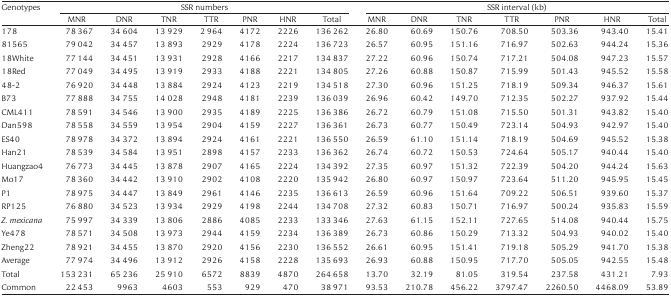
<table><thead><tr><td rowspan="2"><b>Genotypes</b></td><td colspan="7"><b>SSR numbers</b></td><td colspan="7"><b>SSR interval (kb)</b></td></tr><tr><td><b>MNR</b></td><td><b>DNR</b></td><td><b>TNR</b></td><td><b>TTR</b></td><td><b>PNR</b></td><td><b>HNR</b></td><td><b>Total</b></td><td><b>MNR</b></td><td><b>DNR</b></td><td><b>TNR</b></td><td><b>TTR</b></td><td><b>PNR</b></td><td><b>HNR</b></td><td><b>Total</b></td></tr></thead><tbody><tr><td>178</td><td>78 367</td><td>34 604</td><td>13 929</td><td>2 964</td><td>4172</td><td>2226</td><td>136 262</td><td>26.80</td><td>60.69</td><td>150.76</td><td>708.50</td><td>503.36</td><td>943.40</td><td>15.41</td></tr><tr><td>81565</td><td>79 042</td><td>34 457</td><td>13 893</td><td>2929</td><td>4178</td><td>2224</td><td>136 723</td><td>26.57</td><td>60.95</td><td>151.16</td><td>716.97</td><td>502.63</td><td>944.24</td><td>15.36</td></tr><tr><td>18White</td><td>77 144</td><td>34 451</td><td>13 931</td><td>2928</td><td>4166</td><td>2217</td><td>134 837</td><td>27.22</td><td>60.96</td><td>150.74</td><td>717.21</td><td>504.08</td><td>947.23</td><td>15.57</td></tr><tr><td>18Red</td><td>77 049</td><td>34 495</td><td>13 919</td><td>2933</td><td>4188</td><td>2221</td><td>134 805</td><td>27.26</td><td>60.88</td><td>150.87</td><td>715.99</td><td>501.43</td><td>945.52</td><td>15.58</td></tr><tr><td>48-2</td><td>76 920</td><td>34 448</td><td>13 884</td><td>2924</td><td>4123</td><td>2219</td><td>134 518</td><td>27.30</td><td>60.96</td><td>151.25</td><td>718.19</td><td>509.34</td><td>946.37</td><td>15.61</td></tr><tr><td>B73</td><td>77 888</td><td>34 755</td><td>14 028</td><td>2948</td><td>4181</td><td>2239</td><td>136 039</td><td>26.96</td><td>60.42</td><td>149.70</td><td>712.35</td><td>502.27</td><td>937.92</td><td>15.44</td></tr><tr><td>CML411</td><td>78 591</td><td>34 546</td><td>13 900</td><td>2935</td><td>4189</td><td>2225</td><td>136 386</td><td>26.72</td><td>60.79</td><td>151.08</td><td>715.50</td><td>501.31</td><td>943.82</td><td>15.40</td></tr><tr><td>Dan598</td><td>78 558</td><td>34 559</td><td>13 954</td><td>2904</td><td>4159</td><td>2227</td><td>136 361</td><td>26.73</td><td>60.77</td><td>150.49</td><td>723.14</td><td>504.93</td><td>942.97</td><td>15.40</td></tr><tr><td>ES40</td><td>78 978</td><td>34 372</td><td>13 894</td><td>2924</td><td>4161</td><td>2221</td><td>136 550</td><td>26.59</td><td>61.10</td><td>151.14</td><td>718.19</td><td>504.69</td><td>945.52</td><td>15.38</td></tr><tr><td>Han21</td><td>78 539</td><td>34 584</td><td>13 951</td><td>2898</td><td>4157</td><td>2233</td><td>136 362</td><td>26.74</td><td>60.72</td><td>150.53</td><td>724.64</td><td>505.17</td><td>940.44</td><td>15.40</td></tr><tr><td>Huangzao4</td><td>76 773</td><td>34 445</td><td>13 878</td><td>2907</td><td>4165</td><td>2224</td><td>134 392</td><td>27.35</td><td>60.97</td><td>151.32</td><td>722.39</td><td>504.20</td><td>944.24</td><td>15.63</td></tr><tr><td>Mo17</td><td>78 360</td><td>34 442</td><td>13 910</td><td>2902</td><td>4108</td><td>2220</td><td>135 942</td><td>26.80</td><td>60.97</td><td>150.97</td><td>723.64</td><td>511.20</td><td>945.95</td><td>15.45</td></tr><tr><td>P1</td><td>78 975</td><td>34 447</td><td>13 849</td><td>2961</td><td>4146</td><td>2235</td><td>136 613</td><td>26.59</td><td>60.96</td><td>151.64</td><td>709.22</td><td>506.51</td><td>939.60</td><td>15.37</td></tr><tr><td>RP125</td><td>76 880</td><td>34 523</td><td>13 934</td><td>2929</td><td>4198</td><td>2244</td><td>134 708</td><td>27.32</td><td>60.83</td><td>150.71</td><td>716.97</td><td>500.24</td><td>935.83</td><td>15.59</td></tr><tr><td><i>Z. mexicana</i></td><td>75 997</td><td>34 339</td><td>13 806</td><td>2886</td><td>4085</td><td>2233</td><td>133 346</td><td>27.63</td><td>61.15</td><td>152.11</td><td>727.65</td><td>514.08</td><td>940.44</td><td>15.75</td></tr><tr><td>Ye478</td><td>78 571</td><td>34 508</td><td>13 973</td><td>2944</td><td>4159</td><td>2234</td><td>136 389</td><td>26.73</td><td>60.86</td><td>150.29</td><td>713.32</td><td>504.93</td><td>940.02</td><td>15.40</td></tr><tr><td>Zheng22</td><td>78 921</td><td>34 455</td><td>13 870</td><td>2920</td><td>4156</td><td>2230</td><td>136 552</td><td>26.61</td><td>60.95</td><td>151.41</td><td>719.18</td><td>505.29</td><td>941.70</td><td>15.38</td></tr><tr><td>Average</td><td>77 974</td><td>34 496</td><td>13 912</td><td>2926</td><td>4158</td><td>2228</td><td>135 693</td><td>26.93</td><td>60.88</td><td>150.95</td><td>717.70</td><td>505.05</td><td>942.55</td><td>15.48</td></tr><tr><td>Total</td><td>153 231</td><td>65 236</td><td>25 910</td><td>6572</td><td>8839</td><td>4870</td><td>264 658</td><td>13.70</td><td>32.19</td><td>81.05</td><td>319.54</td><td>237.58</td><td>431.21</td><td>7.93</td></tr><tr><td>Common</td><td>22 453</td><td>9963</td><td>4603</td><td>553</td><td>929</td><td>470</td><td>38 971</td><td>93.53</td><td>210.78</td><td>456.22</td><td>3797.47</td><td>2260.50</td><td>4468.09</td><td>53.89</td></tr></tbody></table>